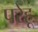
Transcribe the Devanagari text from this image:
परेहू